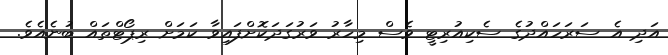
އަދި އެ ސަރަހައްދުގެ ސެކިއުރިޓީ ވެސް މިހާރު ވަރުގަދަކޮށްފައިވާ ކަމަށް ރިޕޯޓްތައް ބުނެއެވެ.